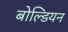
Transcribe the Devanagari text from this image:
बोल्डियन